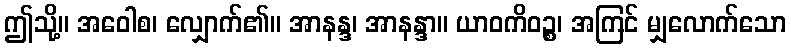
ဤသို့။ အဝေါစ၊ လျှောက်၏။ အာနန္ဒ၊ အာနန္ဒာ။ ယာဝကိဝဉ္စ၊ အကြင် မျှလောက်သော